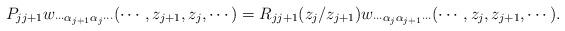
LaTeX: \begin{align*}P_{j j+1}w_{\cdots \alpha_{j+1} \alpha_j \cdots} (\cdots,z_{j+1},z_j,\cdots)=R_{j j+1}(z_j/z_{j+1})w_{\cdots \alpha_j \alpha_{j+1} \cdots}(\cdots,z_j,z_{j+1},\cdots).\end{align*}